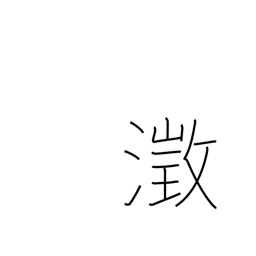
Meaning: clear and still water